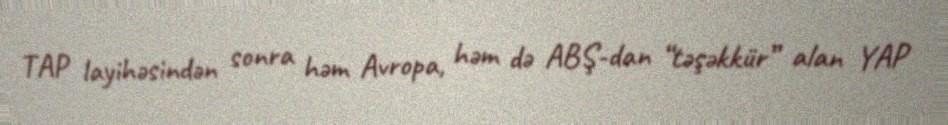
TAP layihəsindən sonra həm Avropa, həm də ABŞ-dan “təşəkkür” alan YAP